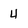
Character: U